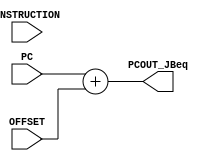
// Computer Architecture (CO224) - Lab 05
// Design: Dedicated Adder for jump/branch instruction
// Group Number : 17

`timescale  1ns/100ps

module pc_adder_jbeq (
	input [31:0] PC,
    input [31:0] INSTRUCTION,
    input [31:0] OFFSET,
    output reg [31:0] PCOUT_JBeq);

    always @(INSTRUCTION) begin
		#2 PCOUT_JBeq=PC+OFFSET;
    end
endmodule